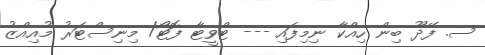
ސ. ފޭދޫ ބިން ހިއްކާ ނިމިފައި --- ޓްވީޓާ ފޮޓޯ/ މިނިސްޓަރު މުއިއްޒު